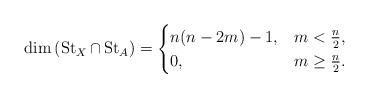
LaTeX: \begin{align*} \dim \left(\operatorname{St}_X \cap \operatorname{St}_A\right) = \begin{cases} n(n-2m)-1 , &m< \frac{n}{2}, \\ 0, &m \geq \frac{n}{2}.\end{cases} \end{align*}